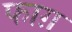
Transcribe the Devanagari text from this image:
फाग़